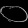
Digit: ၀